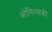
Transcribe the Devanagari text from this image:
ओलित्सकी